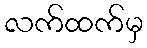
လက်ထက်မှ